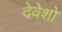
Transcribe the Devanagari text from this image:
देवेशो